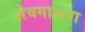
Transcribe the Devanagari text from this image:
शेवगावला